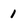
Character: 1